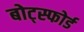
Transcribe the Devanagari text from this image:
बोट्स्फोर्ड